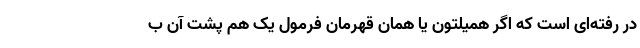
در رفته‌ای است که اگر همیلتون یا همان قهرمان فرمول یک هم پشت آن ب